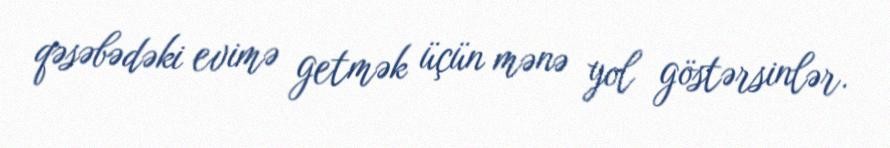
qəsəbədəki evimə getmək üçün mənə yol göstərsinlər.